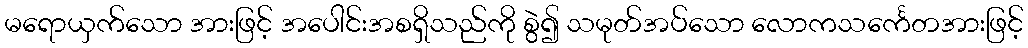
မရောယှက်သော အားဖြင့် အပေါင်းအစရှိသည်ကို စွဲ၍ သမုတ်အပ်သော လောကသင်္ကေတအားဖြင့်